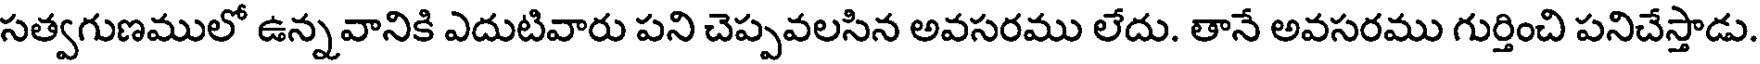
సత్వగుణములో ఉన్నవానికి ఎదుటివారు పని చెప్పవలసిన అవసరము లేదు. తానే అవసరము గుర్తించి పనిచేస్తాడు.